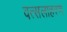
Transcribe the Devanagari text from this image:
वत्सलाहरण